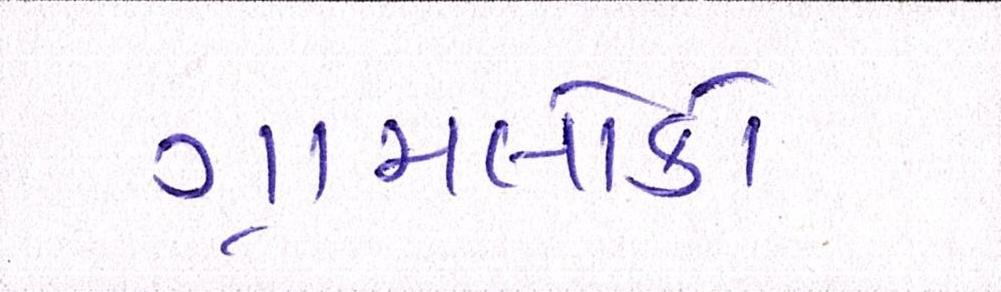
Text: ગ્રામલોકો